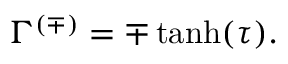
\Gamma ^ { ( \mp ) } = \mp \operatorname { t a n h } ( \tau ) .